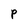
Character: P